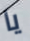
يا